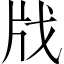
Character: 𢦤